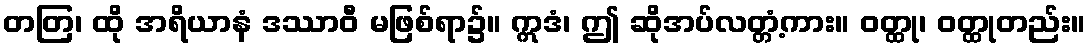
တတြ၊ ထို အရိယာနံ ဒဿာဝီ မဖြစ်ရာ၌။ ဣဒံ၊ ဤ ဆိုအပ်လတ္တံ့ကား။ ဝတ္ထု၊ ဝတ္ထုတည်း။